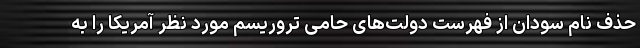
حذف نام سودان از فهرست دولت‌های حامی تروریسم مورد نظر آمریکا را به